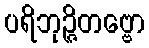
ပရိဘုဉ္ဇိတဗ္ဗော